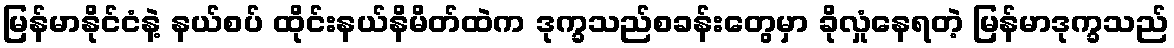
မြန်မာနိုင်ငံနဲ့ နယ်စပ် ထိုင်းနယ်နိမိတ်ထဲက ဒုက္ခသည်စခန်းတွေမှာ ခိုလှုံနေရတဲ့ မြန်မာဒုက္ခသည်